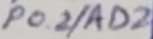
Text: P0.2/AD2